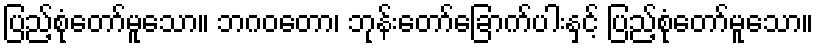
ပြည့်စုံတော်မူသော။ ဘဂဝတော၊ ဘုန်းတော်ခြောက်ပါးနှင့် ပြည့်စုံတော်မူသော။